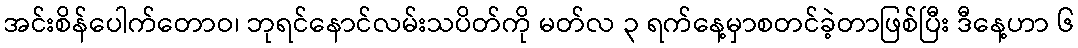
အင်းစိန်ပေါက်တောဝ၊ ဘုရင်နောင်လမ်းသပိတ်ကို မတ်လ ၃ ရက်နေ့မှာစတင်ခဲ့တာဖြစ်ပြီး ဒီနေ့ဟာ ၆